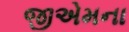
જીએમના